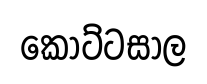
කොට්ටසාල